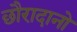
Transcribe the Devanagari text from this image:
छौरादानो